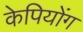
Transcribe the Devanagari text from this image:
केपियोंग